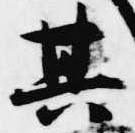
其